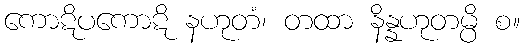
ကောဋိပကောဋိ နဟုတံ၊ တထာ နိန္နဟုတမ္ပိ စ။